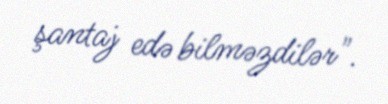
şantaj edə bilməzdilər".